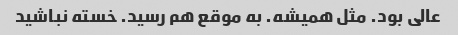
عالی بود. مثل همیشه. به موقع هم رسید. خسته نباشید